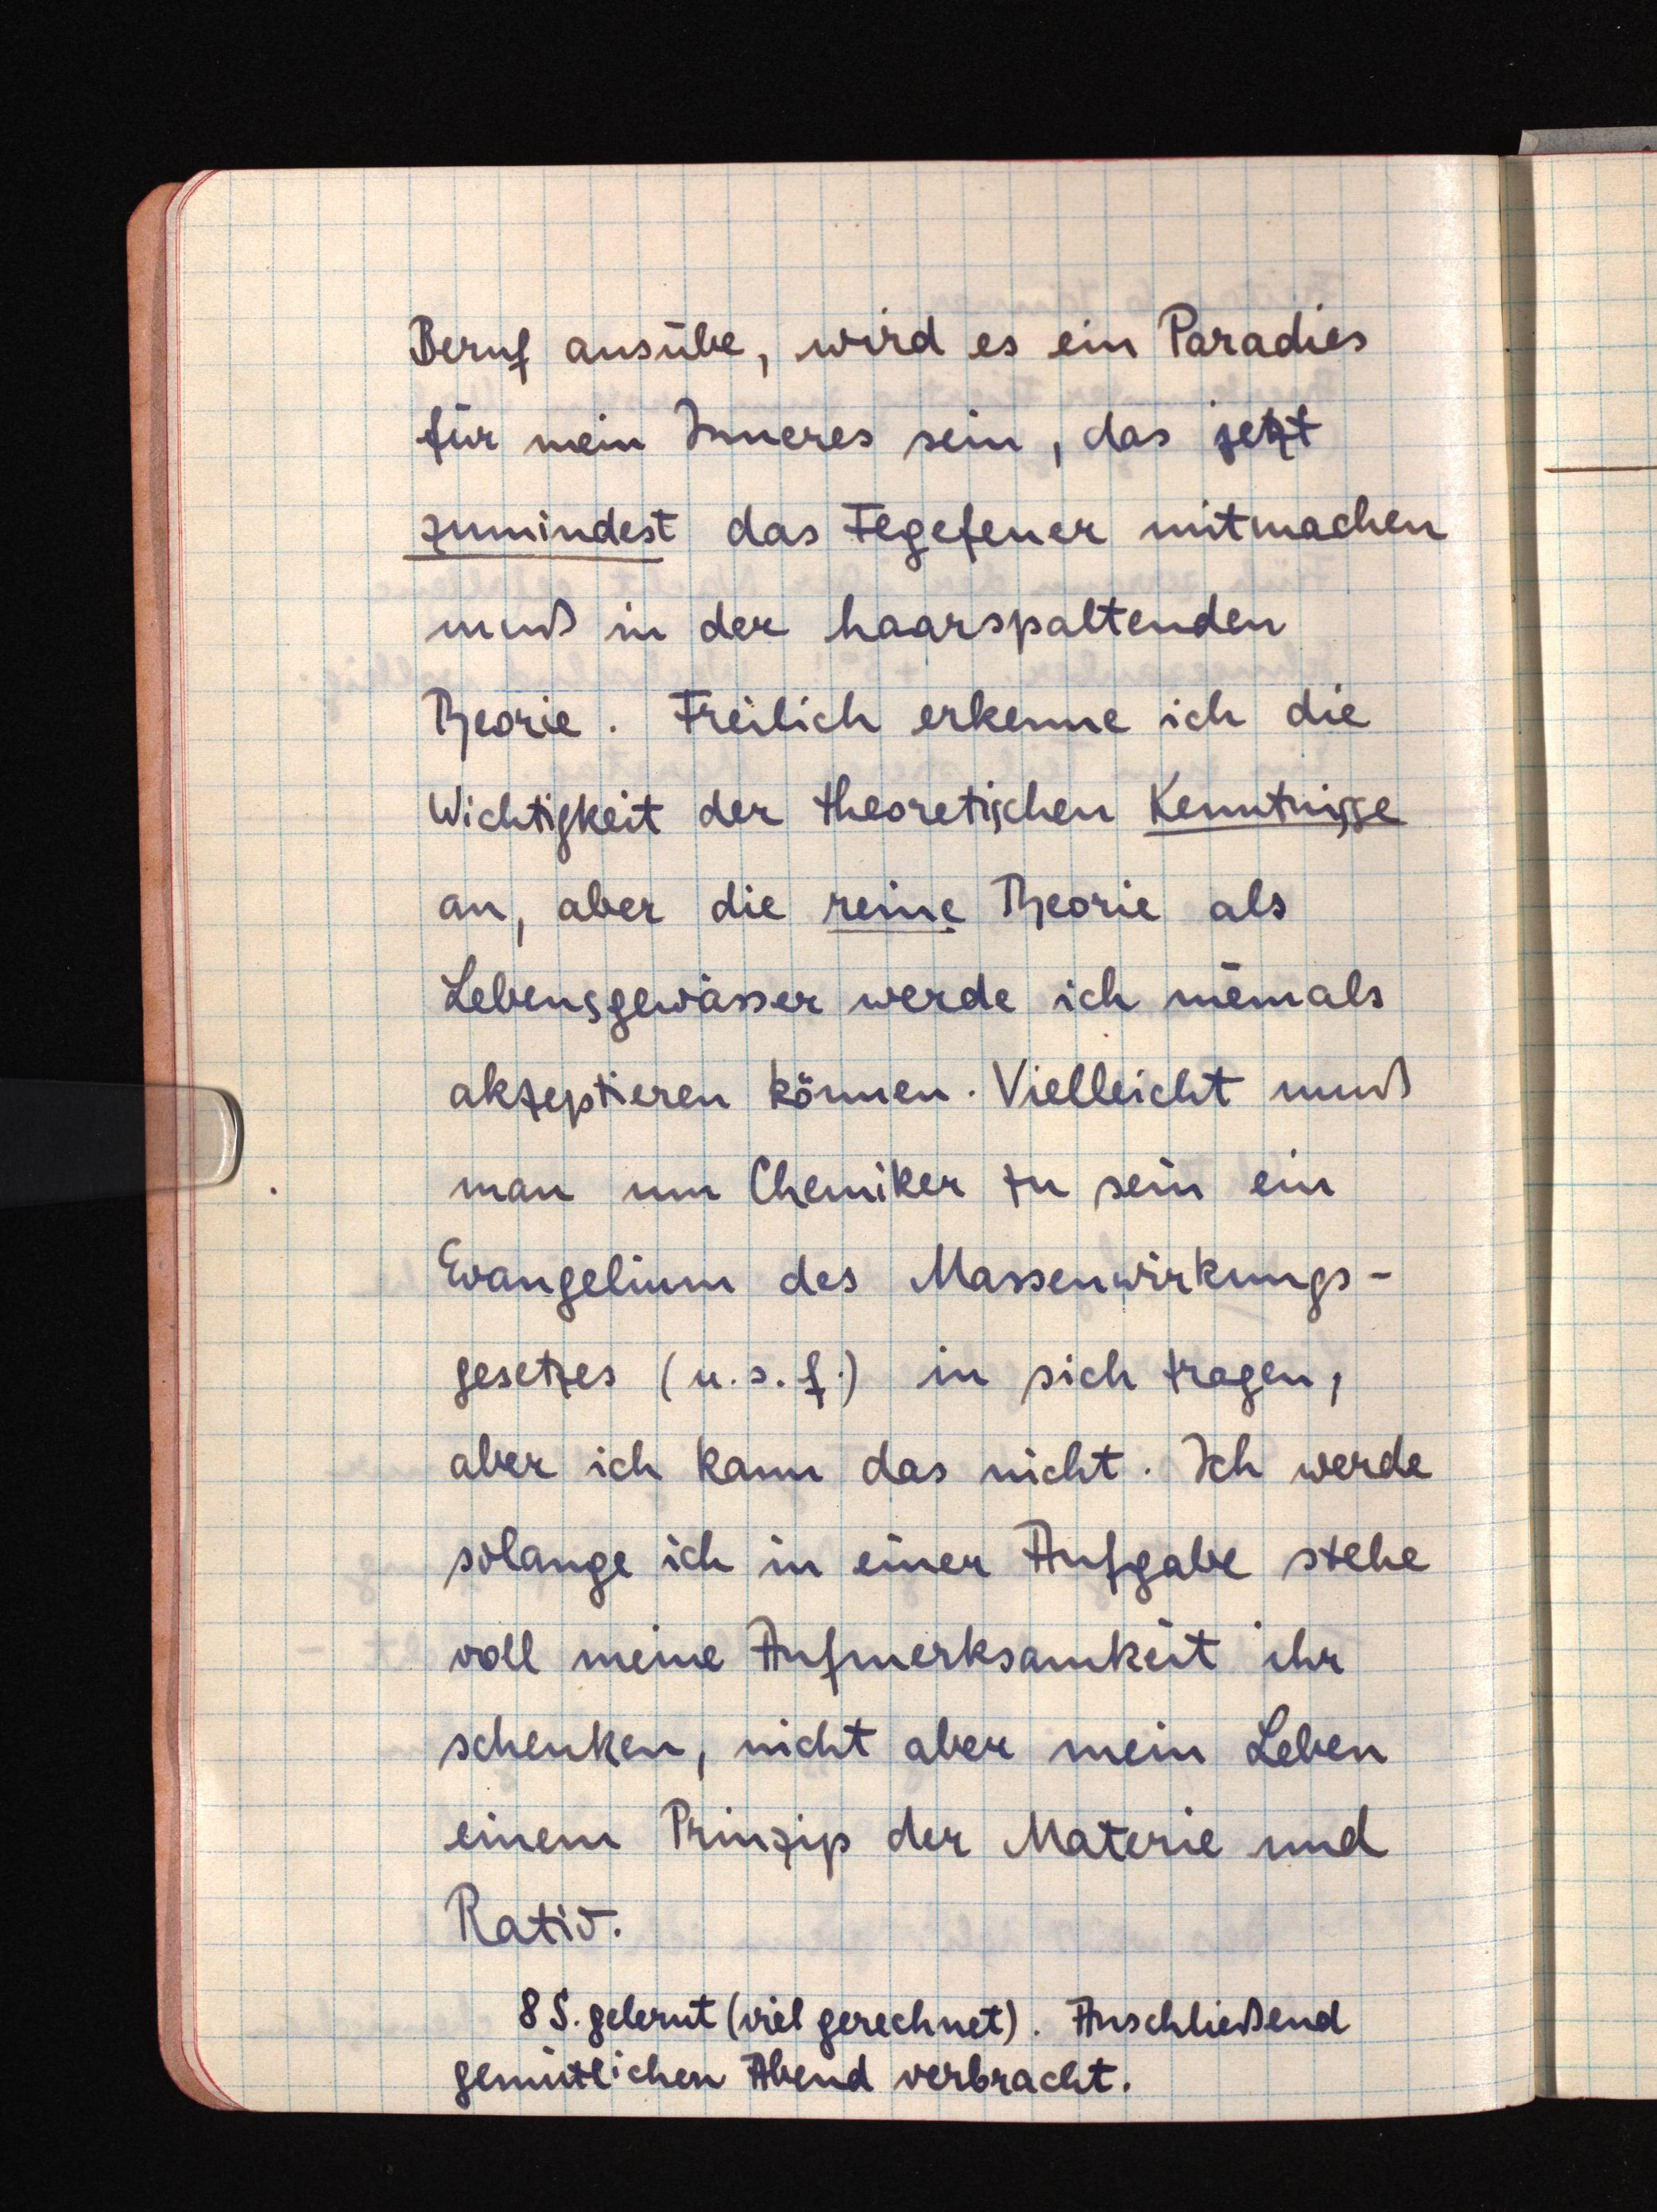
Beruf ausübe, wird es ein Paradies
für mein Inneres sein, das jetzt
zumindest das Fegefeuer mitmachen
muß in der haarspaltenden
Theorie. Freilich erkenne ich die
Wichtigkeit der theoretischen Kenntnisse
an, aber die reine Theorie als
Lebensgewässer werde ich niemals
akzeptieren können. Vielleicht muß
man um Chemiker zu sein ein
Evangelium des Massenwirkungs¬
gesetzes (u.s.f.) in sich tragen,
aber ich kann das nicht. Ich werde
solange ich in einer Aufgabe stehe
voll meine Aufmerksamkeit ihr
schenken, nicht aber mein Leben
einem Prinzip der Materie und
Ratio.
8 S. gelernt (viel gerechnet). Anschließend
gemütlichen Abend verbracht.